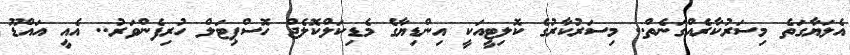
އެލަޔާގަތެ މިސަރުކާރެއްގަނެތް.. މިސަރުކާރުގެ ކޮލިޓީއަކީ އިންޑިޔާގެ މެޑިކަލްކޮލެޖް ހޮސްޕިޓަލް ހުރިފެންވަރު.. އެއީ އައްޑޫ